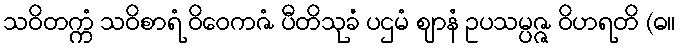
သဝိတက္ကံ သဝိစာရံ ဝိဝေကဇံ ပီတိသုခံ ပဌမံ ဈာနံ ဥပသမ္ပဇ္ဇ ဝိဟရတိ (ဓ။